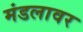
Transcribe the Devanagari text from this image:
मंडलावर